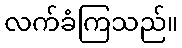
လက်ခံကြသည်။